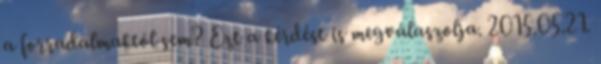
a forradalmaktól sem? Ezt a kérdést is megválaszolja. 2015.05.21.